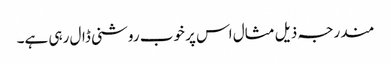
مندرجہ ذیل مثال اس پر خوب روشنی ڈال رہی ہے۔